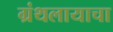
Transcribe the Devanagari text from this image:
ग्रंथलायाचा